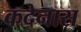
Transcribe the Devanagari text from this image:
कदेनास